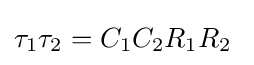
\tau _{1}\tau _{2}=C_{1}C_{2}R_{1}R_{2}\